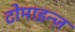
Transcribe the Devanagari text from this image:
टोमाइन्ज़